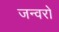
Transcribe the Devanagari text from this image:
जन्वरो